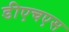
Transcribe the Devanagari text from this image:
डीएचएस